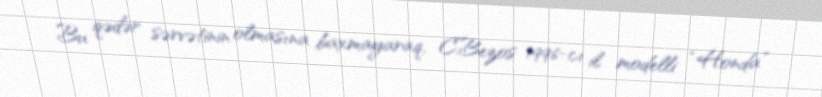
Bu qədər sərvətinin olmasına baxmayaraq, C.Bezos 1996-cı il modelli “Honda”